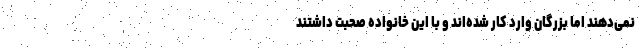
نمی‌دهند اما بزرگان وارد کار شده‌اند و با این خانواده صحبت داشتند